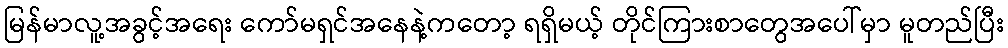
မြန်မာလူ့အခွင့်အရေး ကော်မရှင်အနေနဲ့ကတော့ ရရှိမယ့် တိုင်ကြားစာတွေအပေါ်မှာ မူတည်ပြီး